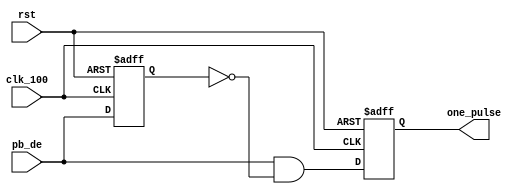
`timescale 1ns / 1ps
//////////////////////////////////////////////////////////////////////////////////
// Company: 
// Engineer: 
// 
// Design Name: 
// Module Name: One_pulse
// Project Name: 
// Target Devices: 
// Tool Versions: 
// Description: 
// 
// Dependencies: 
// 
// Revision:
// Revision 0.01 - File Created
// Additional Comments:
// 
//////////////////////////////////////////////////////////////////////////////////


module one_pulse(
     clk_100,
     pb_de,
     one_pulse,
     rst
    );
    input clk_100;
    input pb_de;
    input rst;
    output reg one_pulse;
    reg pb_de_delay;
    

    
    always@( posedge clk_100 or posedge rst )
        if(rst)
            pb_de_delay <= 1'b0;
        else 
            pb_de_delay <= pb_de;
    
    assign one_pulse_next = pb_de & (~pb_de_delay);
    
    always@( posedge clk_100 or posedge rst )
        if(rst)
            one_pulse <= 1'b0;
        else 
            one_pulse <= one_pulse_next;
    
endmodule